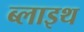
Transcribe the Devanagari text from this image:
ब्लाइथ